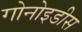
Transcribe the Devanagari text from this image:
गोनोइडीस